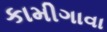
કામીગાવા